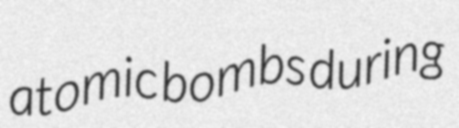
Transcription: atomic bombs during